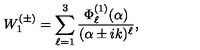
W _ { 1 } ^ { ( \pm ) } = \sum _ { \ell = 1 } ^ { 3 } \frac { \Phi _ { \ell } ^ { ( 1 ) } ( \alpha ) } { ( \alpha \pm i k ) ^ { \ell } } ,